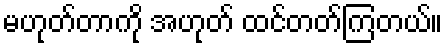
မဟုတ်တာကို အဟုတ် ထင်တတ်ကြတယ်။